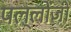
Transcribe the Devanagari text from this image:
पल्लोंजी